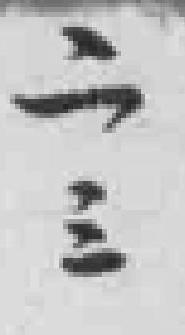
二三